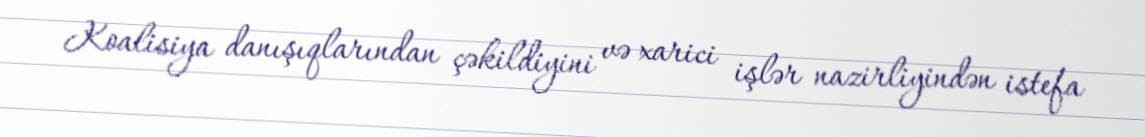
Koalisiya danışıqlarından çəkildiyini və xarici işlər nazirliyindən istefa